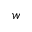
w